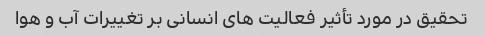
تحقیق در مورد تأثیر فعالیت های انسانی بر تغییرات آب و هوا